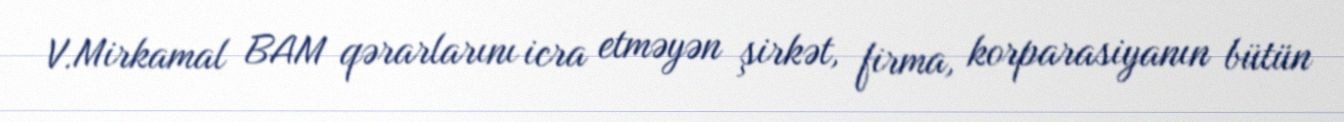
V.Mirkamal BAM qərarlarını icra etməyən şirkət, firma, korparasiyanın bütün